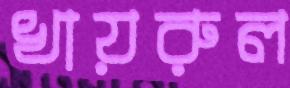
খায়রুল